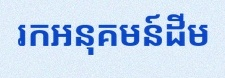
រកអនុគមន៍ដើម